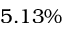
5 . 1 3 \%